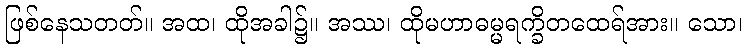
ဖြစ်နေသတတ်။ အထ၊ ထိုအခါ၌။ အဿ၊ ထိုမဟာဓမ္မရက္ခိတထေရ်အား။ သော၊